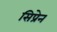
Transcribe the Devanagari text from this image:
सिप्रेन